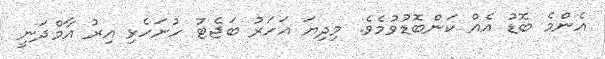
އެންމެ ބޮޑު އެއް ކަންބޮޑުވުމެވެ. މިދިޔަ އަހަރު ބަޖެޓު ހުށަހެޅި އިރު އާމްދަނީ